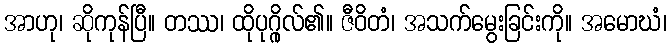
အာဟု၊ ဆိုကုန်ပြီ။ တဿ၊ ထိုပုဂ္ဂိုလ်၏။ ဇီဝိတံ၊ အသက်မွေးခြင်းကို။ အမောဃံ၊